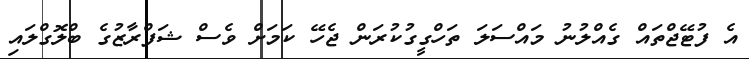
އެ ފުޓޭޖްތައް ގެއްލުނު މައްސަލަ ތަހްގީގުކުރަން ޖެހޭ ކަމަށް ވެސް ޝަފްރާޒުގެ ބްލޮގްލައި